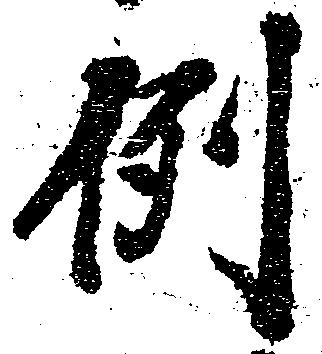
例